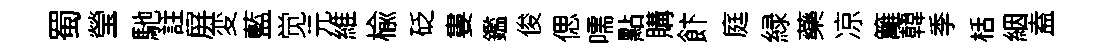
蜀瑩馳註屏変藍觉元維楡砭婁鑑俊偲嚅點購飰庭緑藥凉籬韓季栝絪盍